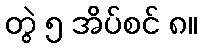
တွဲ ၅ အိပ်စင် ၈။